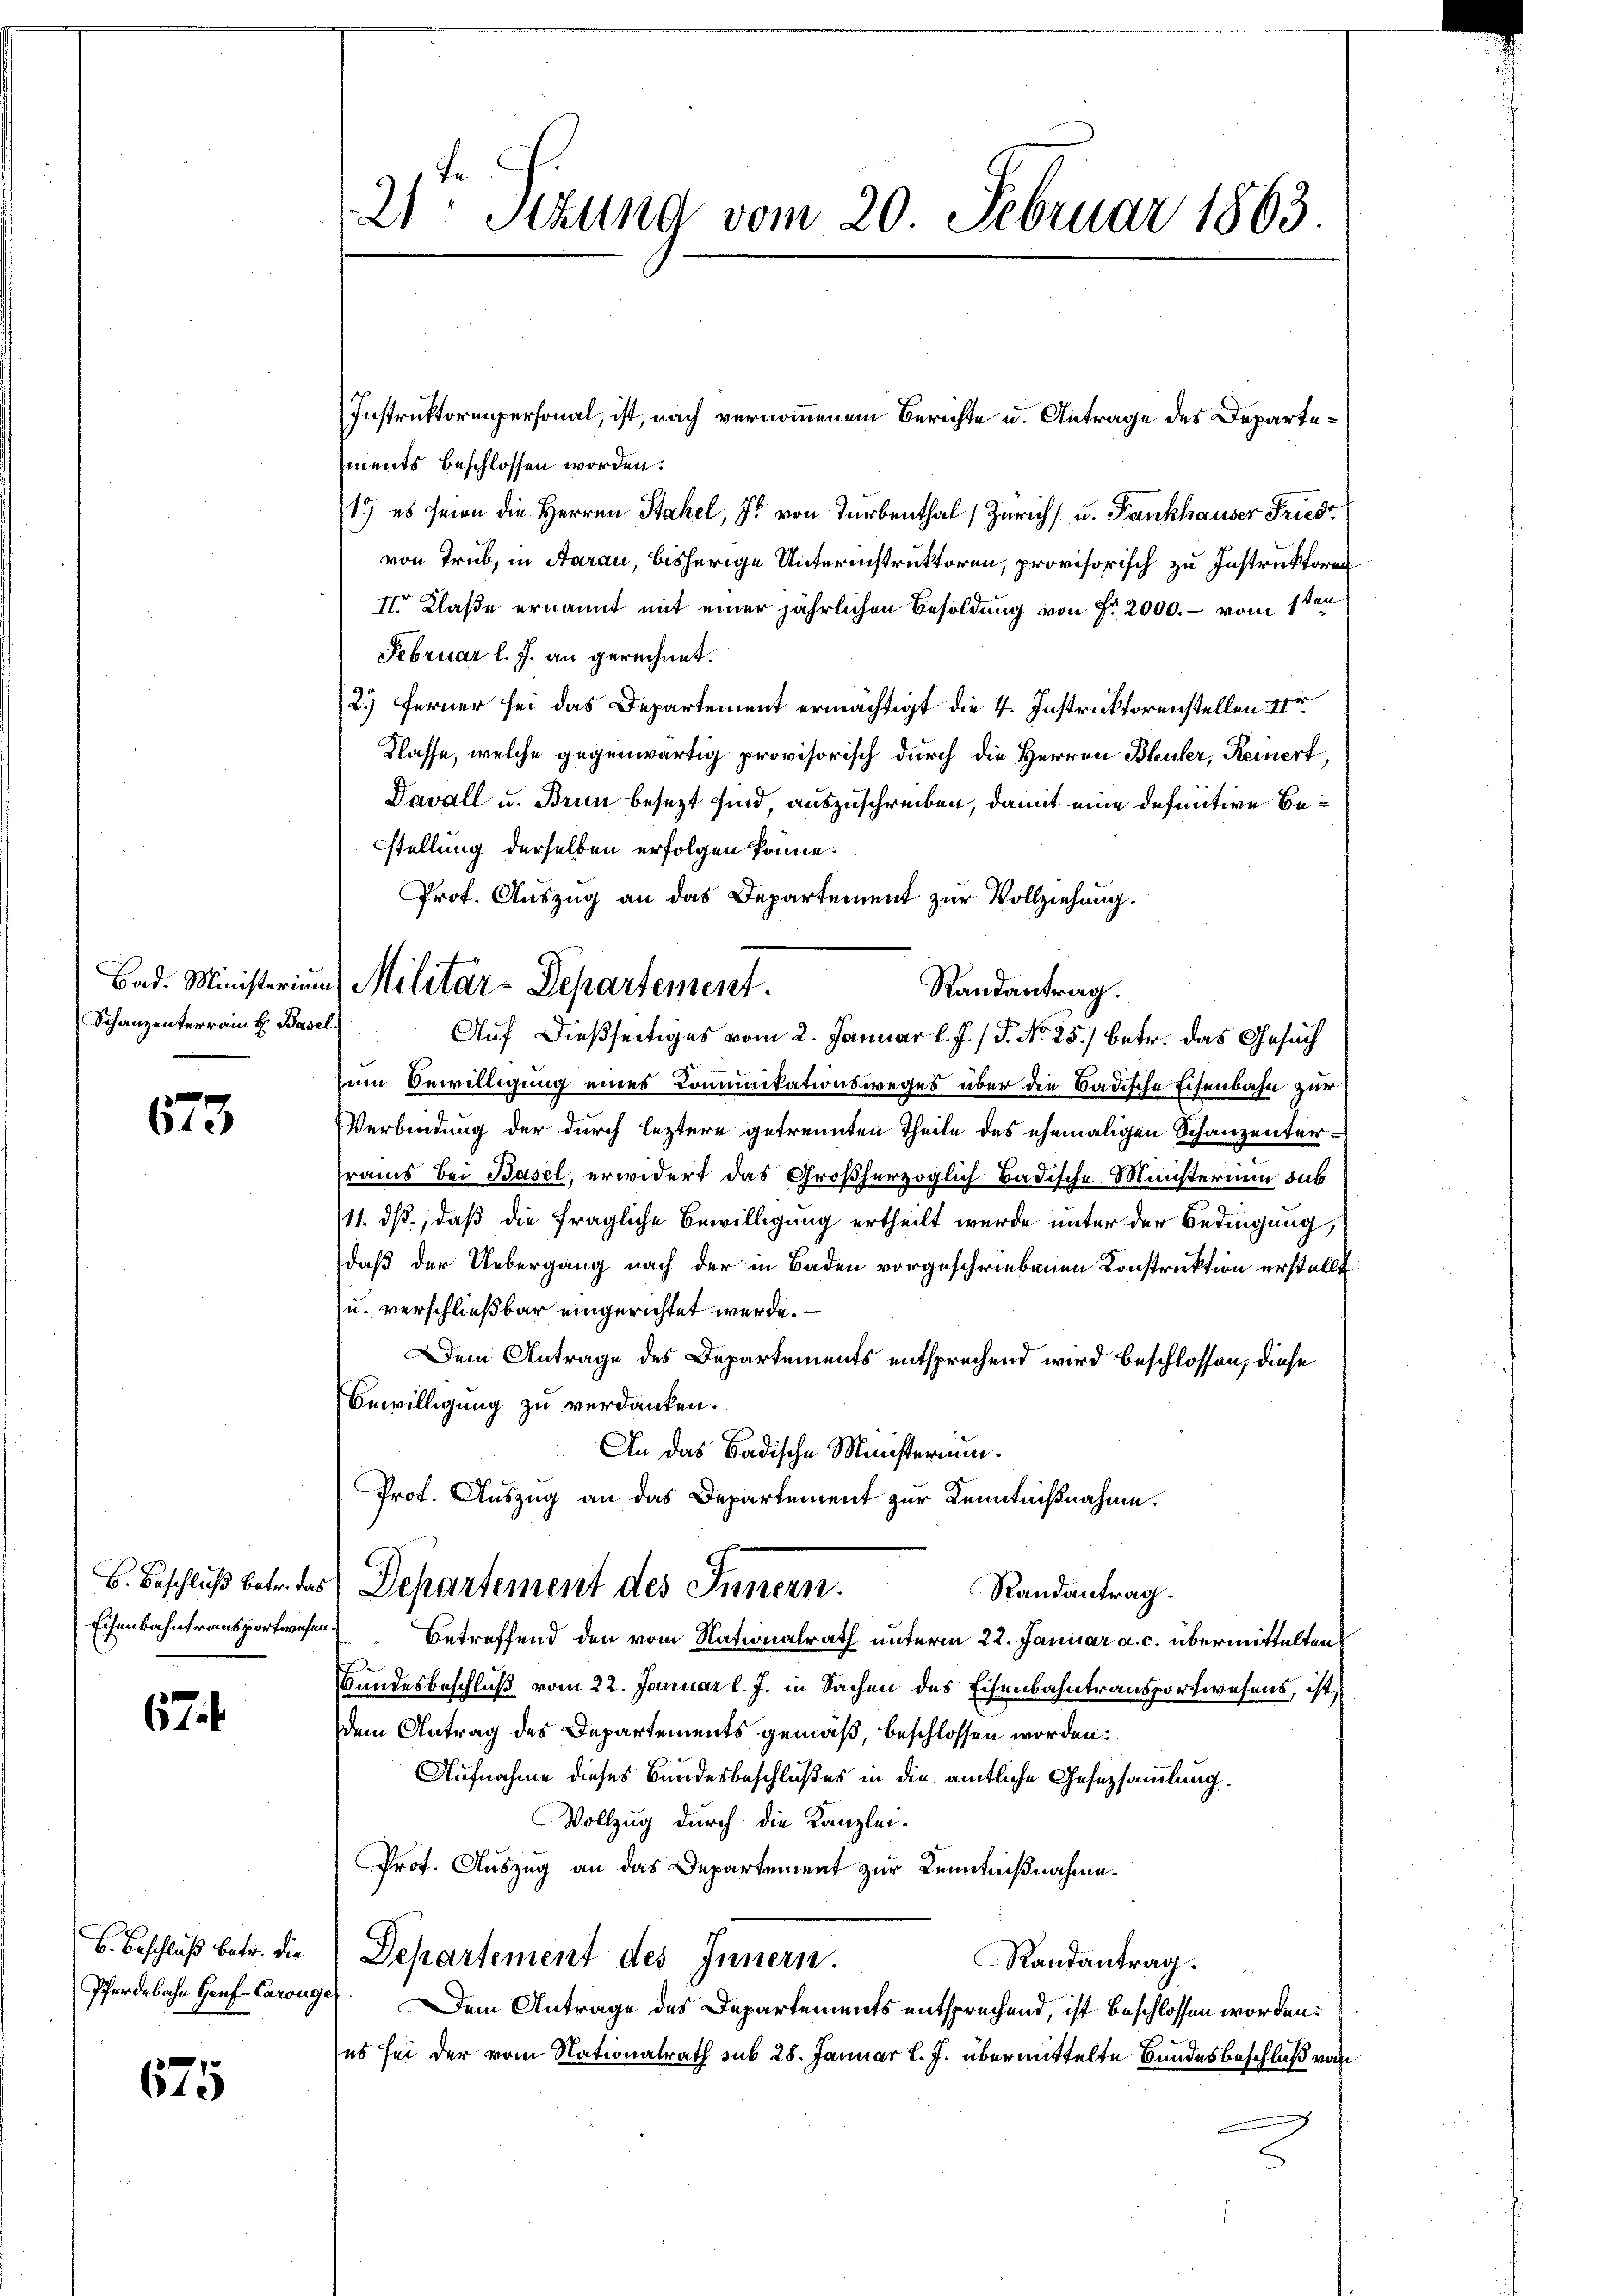
Schanzenterrain H. Basel.

623

Eisenbahntransportwesen

1

B. Beschluß betr. die
Pferdebahn Gouf-Carouge

675

21ten Sitzung vom 20. Februar 1863.

Bad. Ministerium Militär-Departement.
Randantrag.
Auf dießseitiges vom 2. Januar l. J. (T. No 25.) Betr. das Gesuch

ments beschlossen worden.
1.) es seien die Herren Stahel, J. von Turbenthal Zürich, u. Fankhauser Friedi
von Trüb, in Aarau, bisherige Unterinstruktoren, provisorisch zu Instruktoren
IIr Klaße ernannt mit einer jährlichen Besoldung von Fr. 2000. - vom 1ten
Februar l. J. an gerechnet.
2.) Ferner sei das Departement ermächtigt die 4. Instruktorenstellen ver
Klasse, welche gegenwärtig provisorisch durch die Herren Bleuler, Reinert,
Davall u. Brun besezt sind, auszuschreiben, damit eine definitive Bestellung derselben erfolgen könne.
Prot. Auszug an das Departement zur Vollziehung.

Zum Bewilligung eines Komunikationsweges über die Badische Eisenbahn zur
Verbindung der durch leztere getrennten Theile des ehemaligen Schanzenterrams bei Basel, erwidert das Großherzoglich Badische Ministerium sub
111. ds., daß die fragliche Bewilligung ertheilt wurde unter der Bedingung,
daß der Uebergang nach der in Baden vorgeschriebenen Konstruktion erstellt
u. verschließbar eingerichtet werde.
Dem Antrage des Departements entsprechend wird beschlossen, diese
Bewilligung zu verdanken.
An das Badische Münstermin¬
Randantrag.
Betreffend den vom Nationalrath unterm 22. Januar a. c. übermittelten
Bundesbeschluß vom 22. Januar l. J. in Sachen des Eisenbahntransportwesens, ist,
dem Antrag des Departements gemäß, beschlossen worden.
Aufnahme dieses Bundesbeschlußes in die amtliche Gesezsammlung.
Vollzug durch die Kanzlei-
Prof. Auszug an das Departement zur Kenntnißnahme.
Separtement des Innern.
Randantrag.
Dem Antrage des Departements entsprechend, ist beschlossen worden.
es sei der vom Nationalrath sub 28. Januar l. J. übermittelte Bundesbeschluß vom

Prof. Auszug an das Departement zur Kenntnißnahme.
B. Beschluß betr. das Departement des Innern.

Instruktorenpersonal, ist, nach vernommenem Berichte u. Antrage des Departe¬